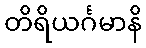
တိရိယင်္ဂမာနိ